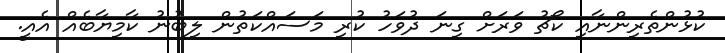
ކުޅުންތެރިންނާއި ކޯޗު ވަރަށް ގިނަ ދުވަހު ކުރި މަސައްކަތުން ލިބުނު ކާމިޔާބެއް އެއީ.